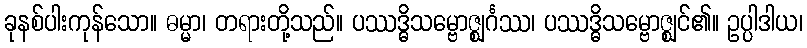
ခုနစ်ပါးကုန်သော။ ဓမ္မာ၊ တရားတို့သည်။ ပဿဒ္ဓိသမ္ဗောဇ္ဈင်္ဂဿ၊ ပဿဒ္ဓိသမ္ဗောဇ္ဈင်၏။ ဥပ္ပါဒါယ၊